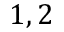
1 , 2